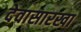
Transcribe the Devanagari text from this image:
देवासारखा